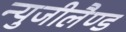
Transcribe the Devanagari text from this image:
न्युजीलैण्ड